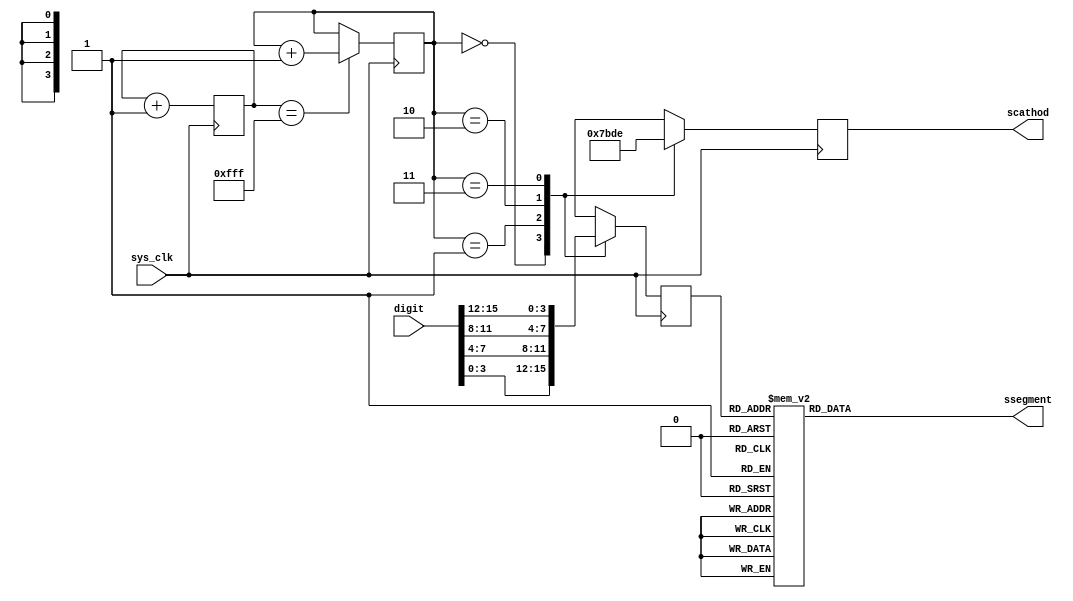
module seven_seg(sys_clk, scathod, ssegment, digit);

input sys_clk;
output reg [6:0] ssegment = 0;
output reg [3:0] scathod = 0;
input [15:0] digit;

reg [3:0] out_seg = 0;
reg [11:0] dyn_indic_count = 0;
reg [1:0] showing_digit = 0;

always @(posedge sys_clk)
begin
        dyn_indic_count <= dyn_indic_count + 1'b1;
        if (dyn_indic_count == 12'b1111_1111_1111)
        begin
                showing_digit <= showing_digit + 1'b1;
        end
        case (showing_digit)
        2'b00:
        begin
                out_seg <= digit[3:0];
                scathod <= 4'b0111;
        end
        2'b01:
        begin
                out_seg <= digit[7:4];
                scathod <= 4'b1011;
        end
        2'b10:
        begin
                out_seg <= digit[11:8];
                scathod <= 4'b1101;
        end
        2'b11:
        begin
                out_seg <= digit[15:12];
                scathod <= 4'b1110;
        end
        endcase
end

always @(*)
begin
        case (out_seg)
        //                   GFEDCBA
        4'h0: ssegment <= 7'b0111111;
        4'h1: ssegment <= 7'b0000110;
        4'h2: ssegment <= 7'b1011011;
        4'h3: ssegment <= 7'b1001111;
        4'h4: ssegment <= 7'b1100110;
        4'h5: ssegment <= 7'b1101101;
        4'h6: ssegment <= 7'b1111101;
        4'h7: ssegment <= 7'b0000111;
        4'h8: ssegment <= 7'b1111111;
        4'h9: ssegment <= 7'b1101111;
        4'ha: ssegment <= 7'b1110111;
        4'hb: ssegment <= 7'b1111100;
        4'hc: ssegment <= 7'b0111001;
        4'hd: ssegment <= 7'b1011110;
        4'he: ssegment <= 7'b1111001;
        4'hf: ssegment <= 7'b1110001;
        endcase
end
endmodule